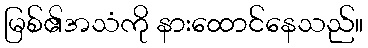
မြစ်၏အသံကို နားထောင်နေသည်။